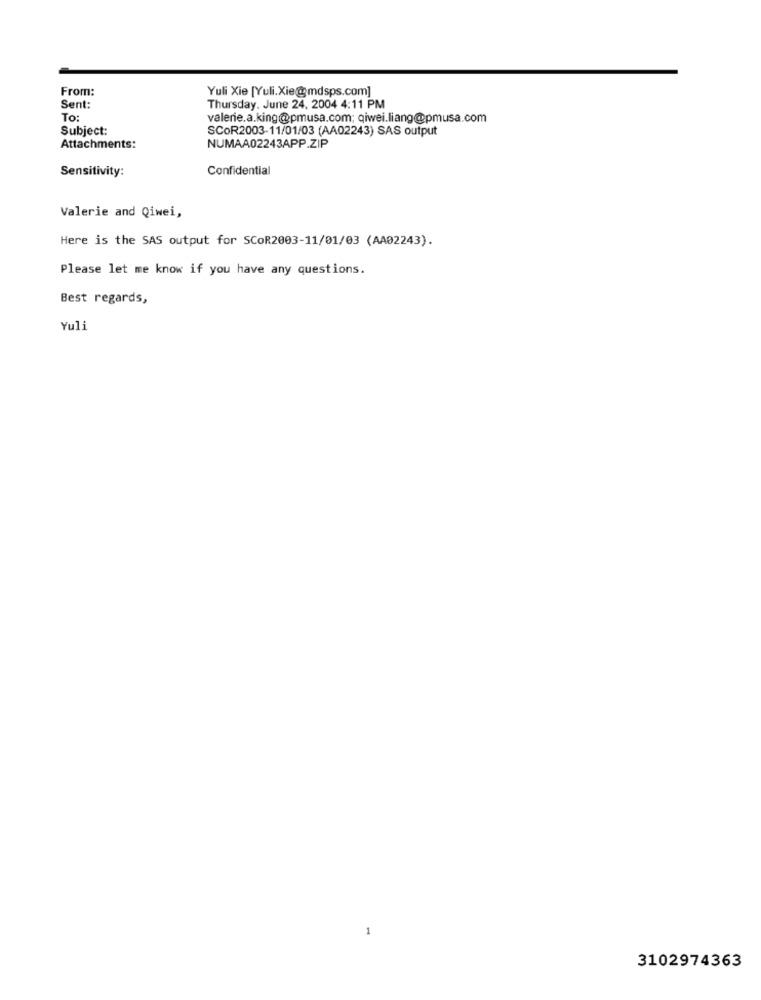
From:
Yuli Xie [Yuli.Xie@mdsps.com]
Sent:
Thursday, June 24, 2004 4:11 PM
To:
valerie.a.king@pmusa.com; qiwei.liang@pmusa.com
Subject:
SCOR2003-11/01/03 (AA02243) SAS output
Attachments:
NUMAA02243APP.ZIP
Sensitivity:
Confidential
Valerie and Qiwei,
Here is the SAS output for SCoR2003-11/01/03 (AA02243).
Please let me know if you have any questions.
Best regards,
Yuli
3102974363